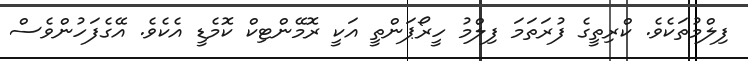
ފިލްމުތަކެވެ. ކްރިތީގެ ފުރަތަމަ ފިލްމު ހީރޯޕަންތީ އަކީ ރޮމޭންޓިކް ކޮމެޑީ އެކެވެ. އޭގެފަހުންވެސް